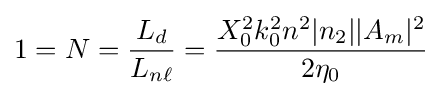
1=N={\frac {L_{d}}{L_{n\ell }}}={\frac {X_{0}^{2}k_{0}^{2}n^{2}|n_{2}||A_{m}|^{2}}{2\eta _{0}}}